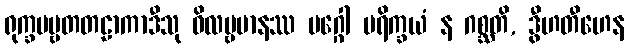
ရုက္ခပဗ္ဗတတဠာကာဒီသု ဝိလမ္ဗမာနဿ မဂ္ဂေါ ပရိက္ခယံ န ဂစ္ဆတိ, ဒွီဟတီဟေန